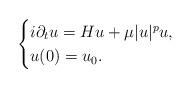
LaTeX: \begin{align*}\begin{cases}i\partial_t u = Hu + \mu |u|^p u, \\u(0)=u_0.\end{cases}\end{align*}